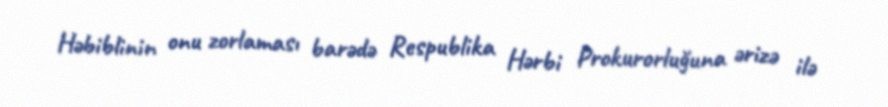
Həbiblinin onu zorlaması barədə Respublika Hərbi Prokurorluğuna ərizə ilə